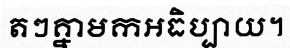
តៗគ្នាមកអធិប្បាយ។